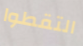
التقطوا